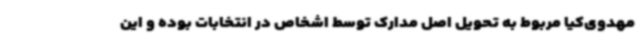
مهدوی‌کیا مربوط به تحویل اصل مدارک توسط اشخاص در انتخابات بوده و این